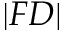
| F D |